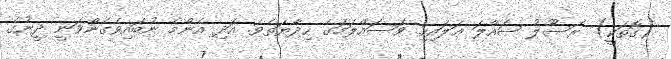
(ގޮތަކީ) ރަސޫލު ޞައްލަ ޢަލައިހި ވަސައްލަމަގެ ހިދާޔަތެވެ. އަދި އެންމެ ނުބައިވެގެންވަނީ ދީނުގެ